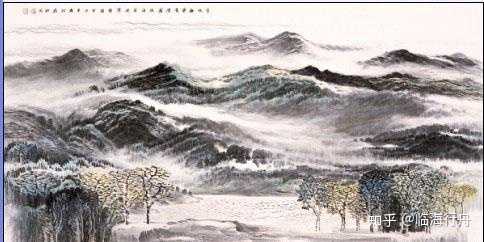
东风渐绿西湖柳，雁已还人未南归。